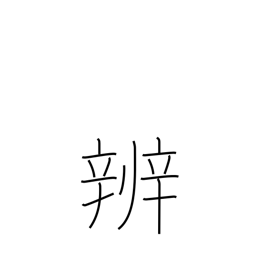
Meaning: discrimination